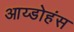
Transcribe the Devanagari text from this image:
आय्डोहंस